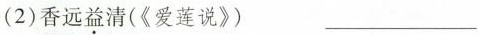
(2)香远益清(《爱莲说》)___